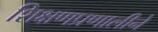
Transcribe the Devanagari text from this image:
शिक्षणप्रणालीने